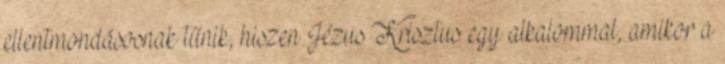
ellentmondásosnak tűnik, hiszen Jézus Krisztus egy alkalommal, amikor a